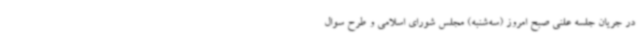
در جریان جلسه علنی صبح امروز (سه‌شنبه) مجلس شورای اسلامی و طرح سوال